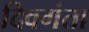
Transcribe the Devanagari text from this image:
दिवगंता